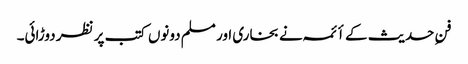
فنِ حدیث کے أئمہ نے بخاری اور مسلم دونوں کتب پر نظر دوڑائی۔